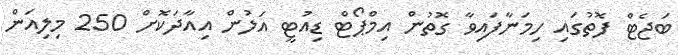
ބަޖެޓް ފޮތުގައި ހިމަނާފައިވާ ގޮތުން އިމްޕޯޓް ޑިއުޓީ އަލުން އިއާދަކޮށް 250 މިލިއަން